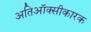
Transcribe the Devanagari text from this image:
अतिऑक्सीकारक